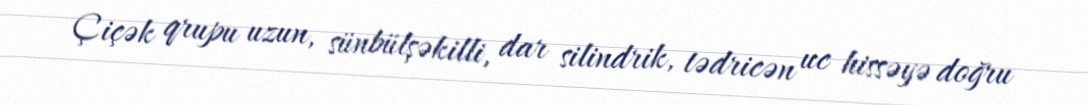
Çiçək qrupu uzun, sünbülşəkilli, dar silindrik, tədricən uc hissəyə doğru